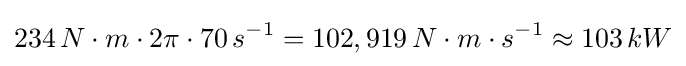
234\,N\cdot m\cdot 2\pi \cdot 70\,s^{-1}=102,919\,N\cdot m\cdot s^{-1}\approx 103\,kW